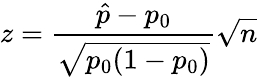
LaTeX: z={\frac{{\hat{p}}-p_{0}}{\sqrt{p_{0}(1-p_{0})}}}{\sqrt{n}}